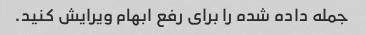
جمله داده شده را برای رفع ابهام ویرایش کنید.